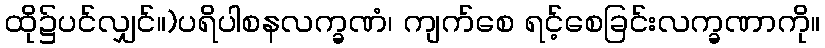
ထို၌ပင်လျှင်။)ပရိပါစနလက္ခဏံ၊ ကျက်စေ ရင့်စေခြင်းလက္ခဏာကို။